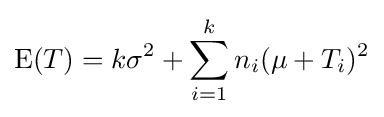
\operatorname {E} (T)=k\sigma ^{2}+\sum _{i=1}^{k}n_{i}(\mu +T_{i})^{2}